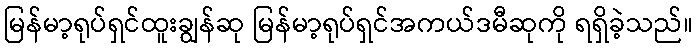
မြန်မာ့ရုပ်ရှင်ထူးချွန်ဆု မြန်မာ့ရုပ်ရှင်အကယ်ဒမီဆုကို ရရှိခဲ့သည်။